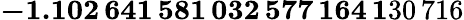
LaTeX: \mathbf{-1.102\, 641\, 581\, 032\, 577\, 164\, 1}30\, 716